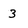
Character: 3